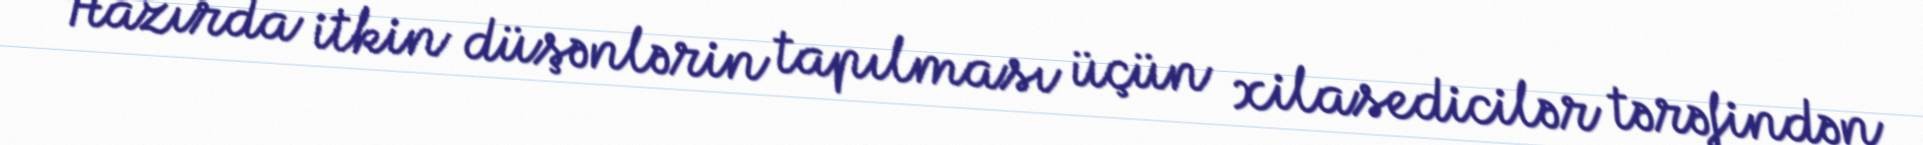
Hazırda itkin düşənlərin tapılması üçün xilasedicilər tərəfindən